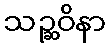
သဉ္ဆဝိနာ